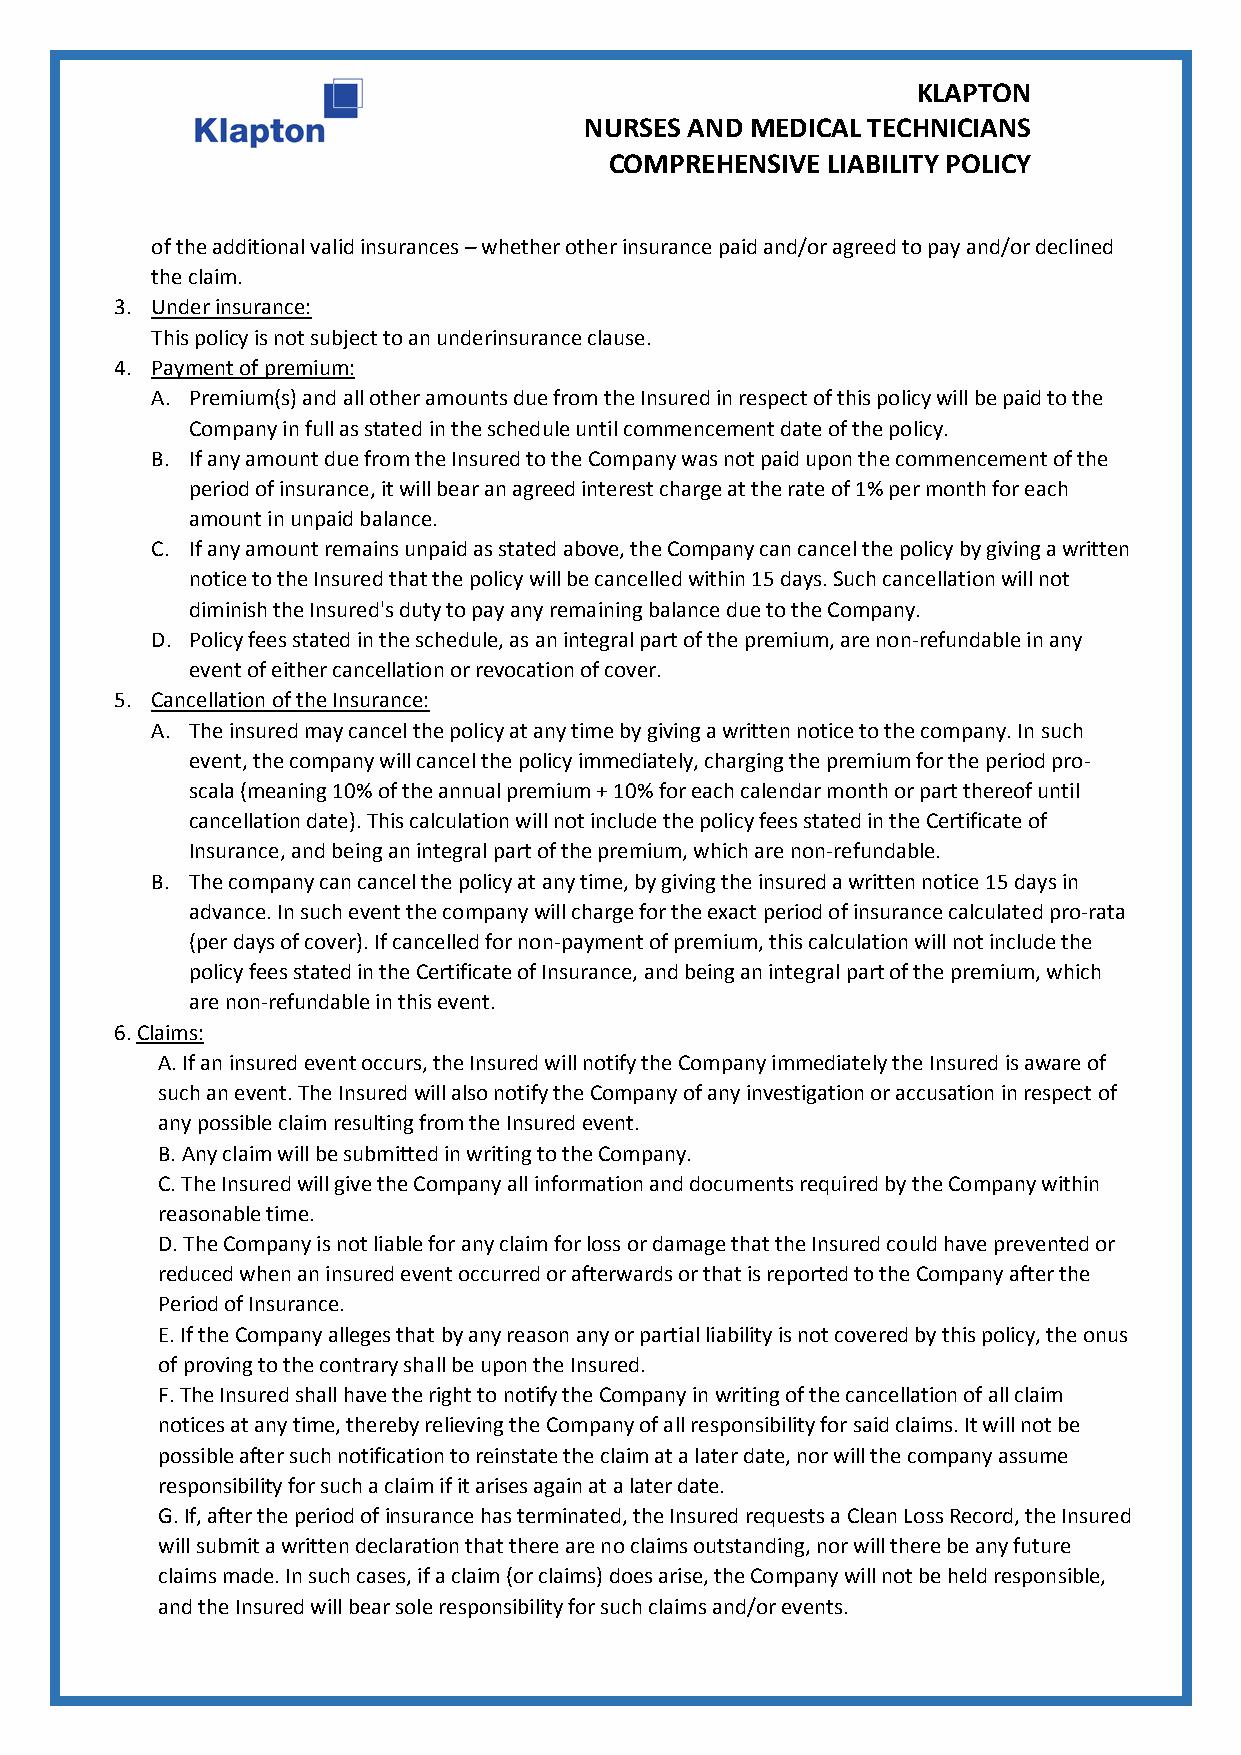
KLAPTON
 NURSES AND MEDICAL TECHNICIANS
 COMPREHENSIVE  LIABILITY POLICY
 of the additional valid insurances – whether other insurance paid and/or agreed to pay and/or declined
 the claim.
 3. Under insurance:
 This policy is not subject to an underinsurance clause.
 4. Payment of premium:
 A. Premium(s) and all other amounts due from the Insured in respect of this policy will be paid to the
 Company in full as stated in the schedule until commencement date of the policy.
 B. If any amount due from the Insured to the Company was not paid upon the commencement of the
 period of insurance, it will bear an agreed interest charge at the rate of 1% per month for each
 amount in unpaid balance.
 C. If any amount remains unpaid as stated above, the Company can cancel the policy by giving a written
 notice to the Insured that the policy will be cancelled within 15 days. Such cancellation will not
 diminish the Insured's duty to pay any remaining balance due to the Company.
 D. Policy fees stated in the schedule, as an integral part of the premium, are non-refundable in any
 event of either cancellation or revocation of cover.
 5. Cancellation of the Insurance:
 A. The insured may cancel the policy at any time by giving a written notice to the company. In such
 event, the company will cancel the policy immediately, charging the premium for the period pro-
 scala (meaning 10% of the annual premium + 10% for each calendar month or part thereof until
 cancellation date). This calculation will not include the policy fees stated in the Certificate of
 Insurance, and being an integral part of the premium, which are non-refundable.
 B. The company can cancel the policy at any time, by giving the insured a written notice 15 days in
 advance. In such event the company will charge for the exact period of insurance calculated pro-rata
 (per days of cover). If cancelled for non-payment of premium, this calculation will not include the
 policy fees stated in the Certificate of Insurance, and being an integral part of the premium, which
 are non-refundable in this event.
 6. Claims:
 A. If an insured event occurs, the Insured will notify the Company immediately the Insured is aware of
 such an event. The Insured will also notify the Company of any investigation or accusation in respect of
 any possible claim resulting from the Insured event.
 B. Any claim will be submitted in writing to the Company.
 C. The Insured will give the Company all information and documents required by the Company within
 reasonable time.
 D. The Company is not liable for any claim for loss or damage that the Insured could have prevented or
 reduced when an insured event occurred or afterwards or that is reported to the Company after the
 Period of Insurance.
 E. If the Company alleges that by any reason any or partial liability is not covered by this policy, the onus
 of proving to the contrary shall be upon the Insured.
 F. The Insured shall have the right to notify the Company in writing of the cancellation of all claim
 notices at any time, thereby relieving the Company of all responsibility for said claims. It will not be
 possible after such notification to reinstate the claim at a later date, nor will the company assume
 responsibility for such a claim if it arises again at a later date.
 G. If, after the period of insurance has terminated, the Insured requests a Clean Loss Record, the Insured
 will submit a written declaration that there are no claims outstanding, nor will there be any future
 claims made. In such cases, if a claim (or claims) does arise, the Company will not be held responsible,
 and the Insured will bear sole responsibility for such claims and/or events.